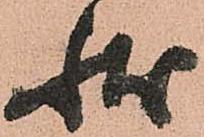
状